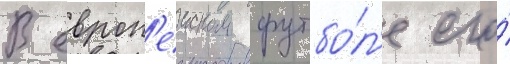
В европ'еиском футбо́л'е его́